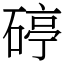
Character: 碠